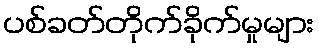
ပစ်ခတ်တိုက်ခိုက်မှုများ